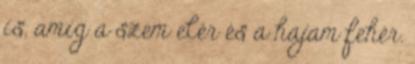
is, amíg a szem elér és a hajam fehér.